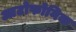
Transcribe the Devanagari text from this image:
आटोफोनिक